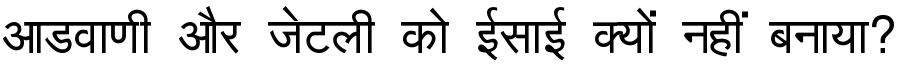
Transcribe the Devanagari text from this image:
आडवाणी और जेटली को ईसाई क्यों नहीं बनाया?